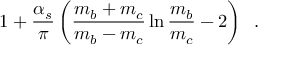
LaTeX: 1 + \frac { \alpha _ { s } } { \pi } \left( \frac { m _ { b } + m _ { c } } { m _ { b } - m _ { c } } \ln \frac { m _ { b } } { m _ { c } } - 2 \right) \; \; .